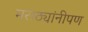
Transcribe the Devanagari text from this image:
मराठ्यांनीपण